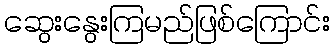
ဆွေးနွေးကြမည်ဖြစ်ကြောင်း